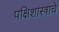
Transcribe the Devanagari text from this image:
पक्षिशास्त्राचे